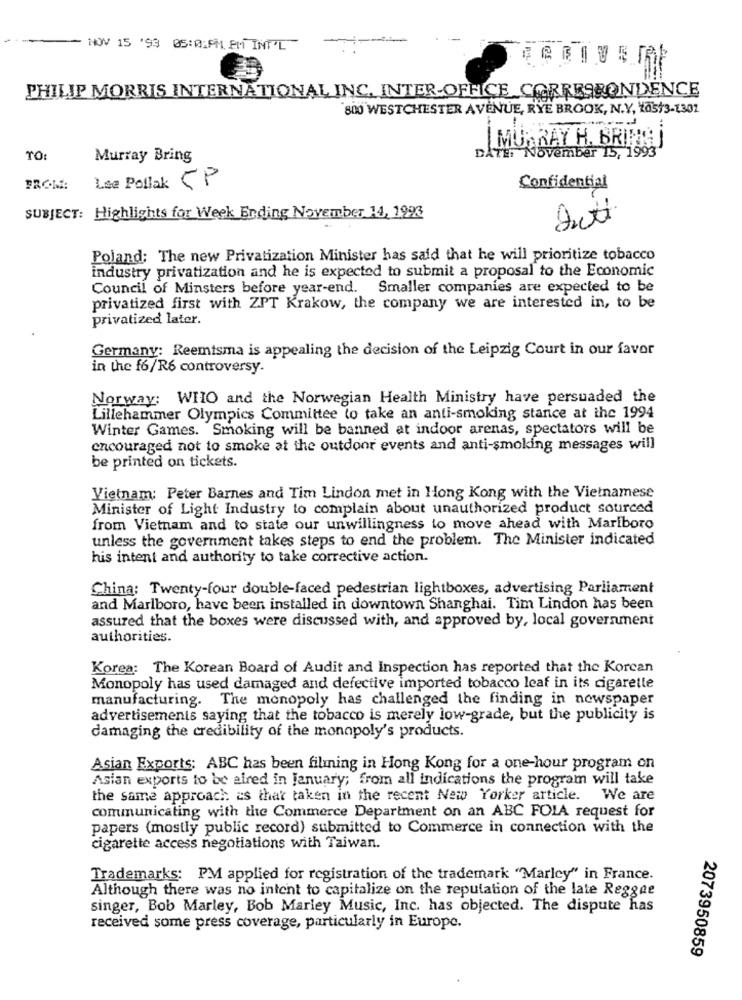
-
NOV 15 '93 05:01PM EM INT'L
=
PHILIP MORRIS INTERNATIONAL INC. INTER-OFFICE CORRESPONDENCE
800 WESTCHESTER AVENUE, RYE BROOK, N.Y, kas/3-1301
MURRAY H. BRING
TO:
Murray Bring
DATE November 15, 1993'
Lse Pollok CP
FROM:
Confidential
SUBJECT: Highlights for Week Ending November 14, 1993
Dutt
Poland: The new Privatization Minister has said that he will prioritize tobacco
industry privatization and he is expected to submit a proposal to the Economic
Council of Minsters before year-end. Smaller companies are expected to be
privatized first with ZPT Krakow, the company we are interested in, to be
privatized later.
Germany: Reemtsma is appealing the decision of the Leipzig Court in our favor
in the f6/R6 controversy.
Norway: WHO and the Norwegian Health Ministry have persuaded the
Lillehammer Olympics Committee to take an anti-smoking stance at the 1994
Winter Games. Smoking will be banned at indoor arenas, spectators will be
encouraged not to smoke at the outdoor events and anti-smoking messages will
be printed on tickets.
Vietnam: Peter Barnes and Tim Lindon met in Hong Kong with the Vietnamese
Minister of Light Industry to complain about unauthorized product sourced
from Vietnam and to state our unwillingness to move ahead with Marlboro
unless the government takes steps to end the problem. The Minister indicated
his intent and authority to take corrective action.
China: Twenty-four double-faced pedestrian lightboxes, advertising Parliament
and Marlboro, have been installed in downtown Shanghai. Tim Lindon has been
assured that the boxes were discussed with, and approved by, local government
authorities.
Korea: The Korean Board of Audit and Inspection has reported that the Korean
Monopoly has used damaged and defective imported tobacco leaf in its cigarette
manufacturing. The monopoly has challenged the finding in newspaper
advertisements saying that the tobacco is merely low-grade, but the publicity is
damaging the credibility of the monopoly's products.
Asian Exports: ABC has been filming in Hong Kong for a one-hour program on
Asian exports to be aired in january; from all indications the program will take
the same approach as that taken in the recent New Yorker article. We are
communicating with the Commerce Department on an ABC FOIA request for
papers (mostly public record) submitted to Commerce in connection with the
cigarette access negotiations with Taiwan.
Trademarks: PM applied for registration of the trademark "Marley" in France.
Although there was no intent to capitalize on the reputation of the late Reggae
singer, Bob Marley, Bob Marley Music, Inc. has objected. The dispute has
received some press coverage, particularly in Europe.
2073950859